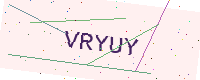
Text: VRYUY